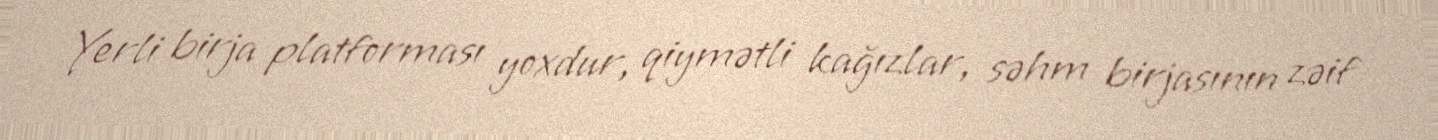
Yerli birja platforması yoxdur, qiymətli kağızlar, səhm birjasının zəif